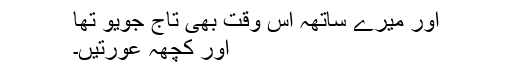
اور میرے ساتھہ اس وقت بھی تاج جویو تھا
اور کچھہ عورتیں۔